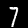
Digit: 7